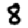
Digit: 8